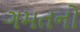
ગમતનો